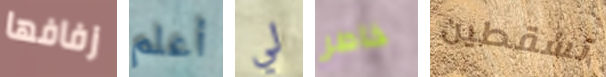
زفافها أعلم لي خاطر تسقطين